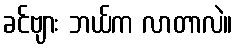
ခင်ဗျား ဘယ်က လာတာလဲ။